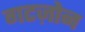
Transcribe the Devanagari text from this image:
गटज़ोन